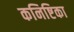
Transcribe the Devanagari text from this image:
कनिष्टिका